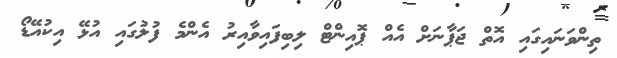
ތިންވަނައިގައި އޮތް ޖަޕާނަށް އެއް ޕޮއިންޓް ލިބިފައިވާއިރު އެންމެ ފުލުގައި އުޅޭ އިކުއޭޑޯ